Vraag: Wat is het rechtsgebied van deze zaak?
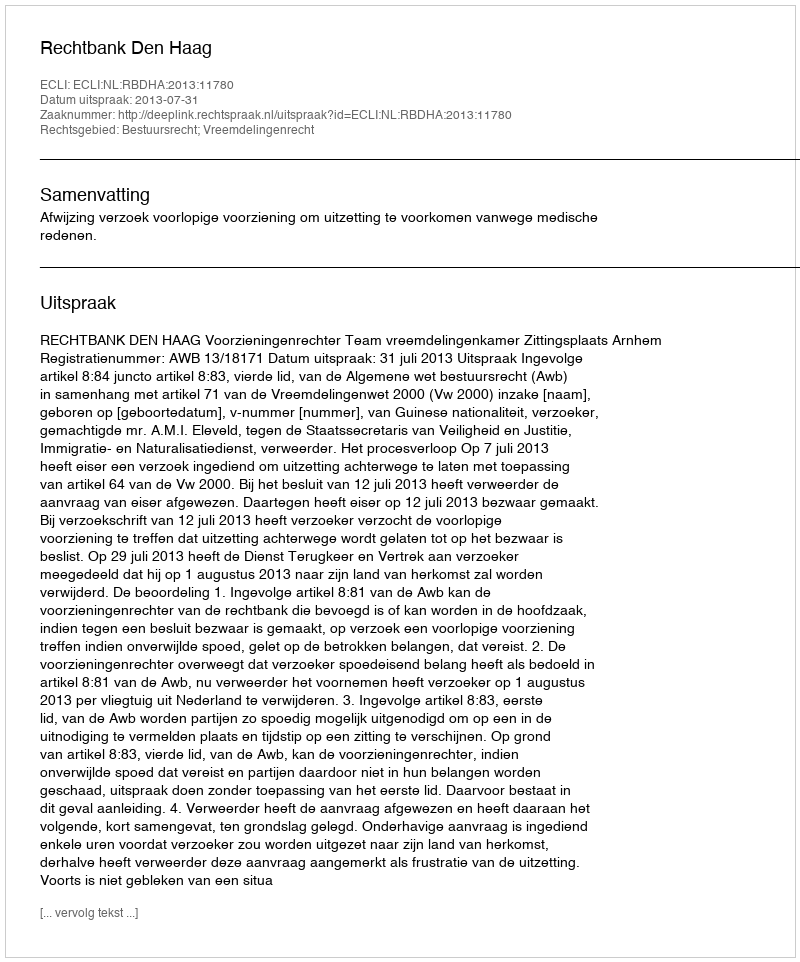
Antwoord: Bestuursrecht; Vreemdelingenrecht